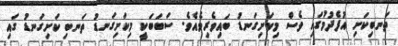
ތަނބިކަށި އުފެދުމުގައި ވެސް މިކަށިގަނޑު ބައިވެރިވެއެވެ. ސަބަބަކީ މިކަށިގަނޑު ތަނބި ކަށިގަނޑު ގައި